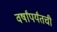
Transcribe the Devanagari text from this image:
वर्षांपर्यंतची